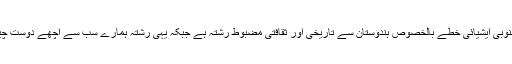
پاکستانی قوم کا جنوبی ایشیائی خطے بالخصوص ہندوستان سے تاریخی اور ثقافتی مضبوط رشتہ ہے جبکہ یہی رشتہ ہمارے سب سے اچھے دوست چین سے ناپید ہے ۔